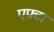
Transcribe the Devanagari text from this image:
एफ़्टा